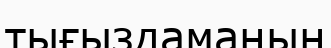
тығыздаманың